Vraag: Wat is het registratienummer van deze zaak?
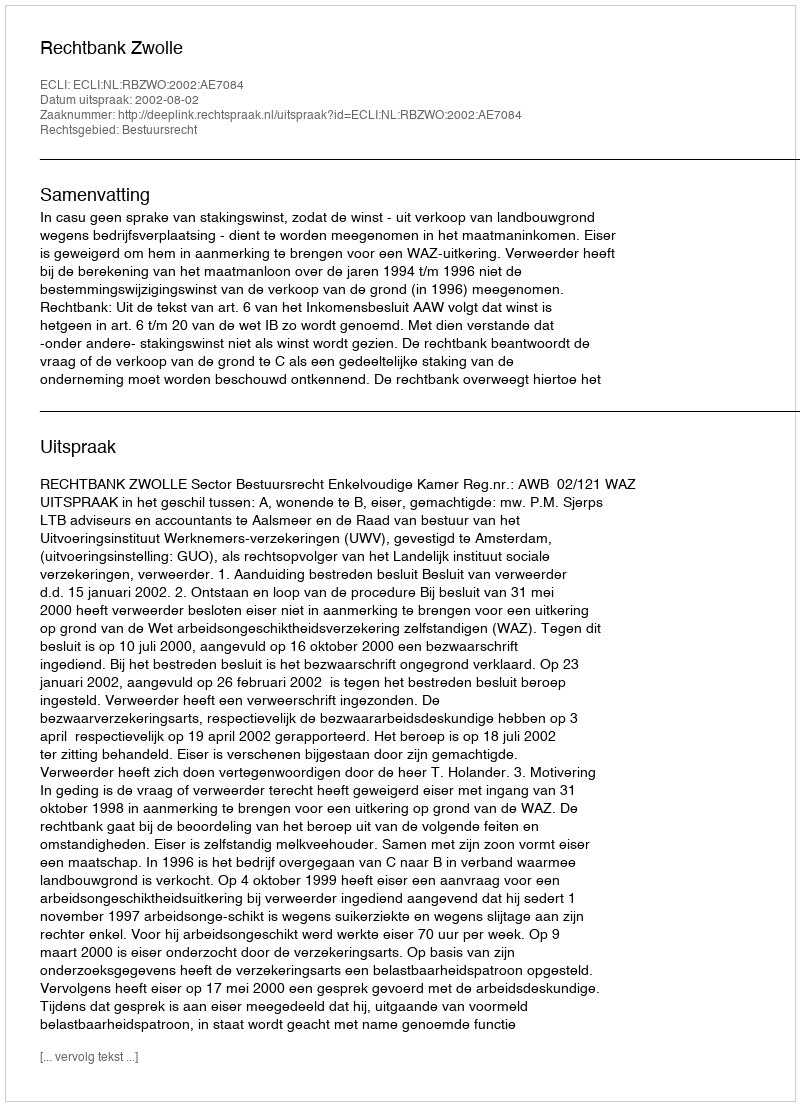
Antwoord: http://deeplink.rechtspraak.nl/uitspraak?id=ECLI:NL:RBZWO:2002:AE7084